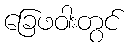
ခြေဖဝါးတွင်